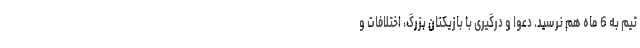
تیم به 6 ماه هم نرسید. دعوا و درگیری با بازیکنان بزرگ، اختلافات و